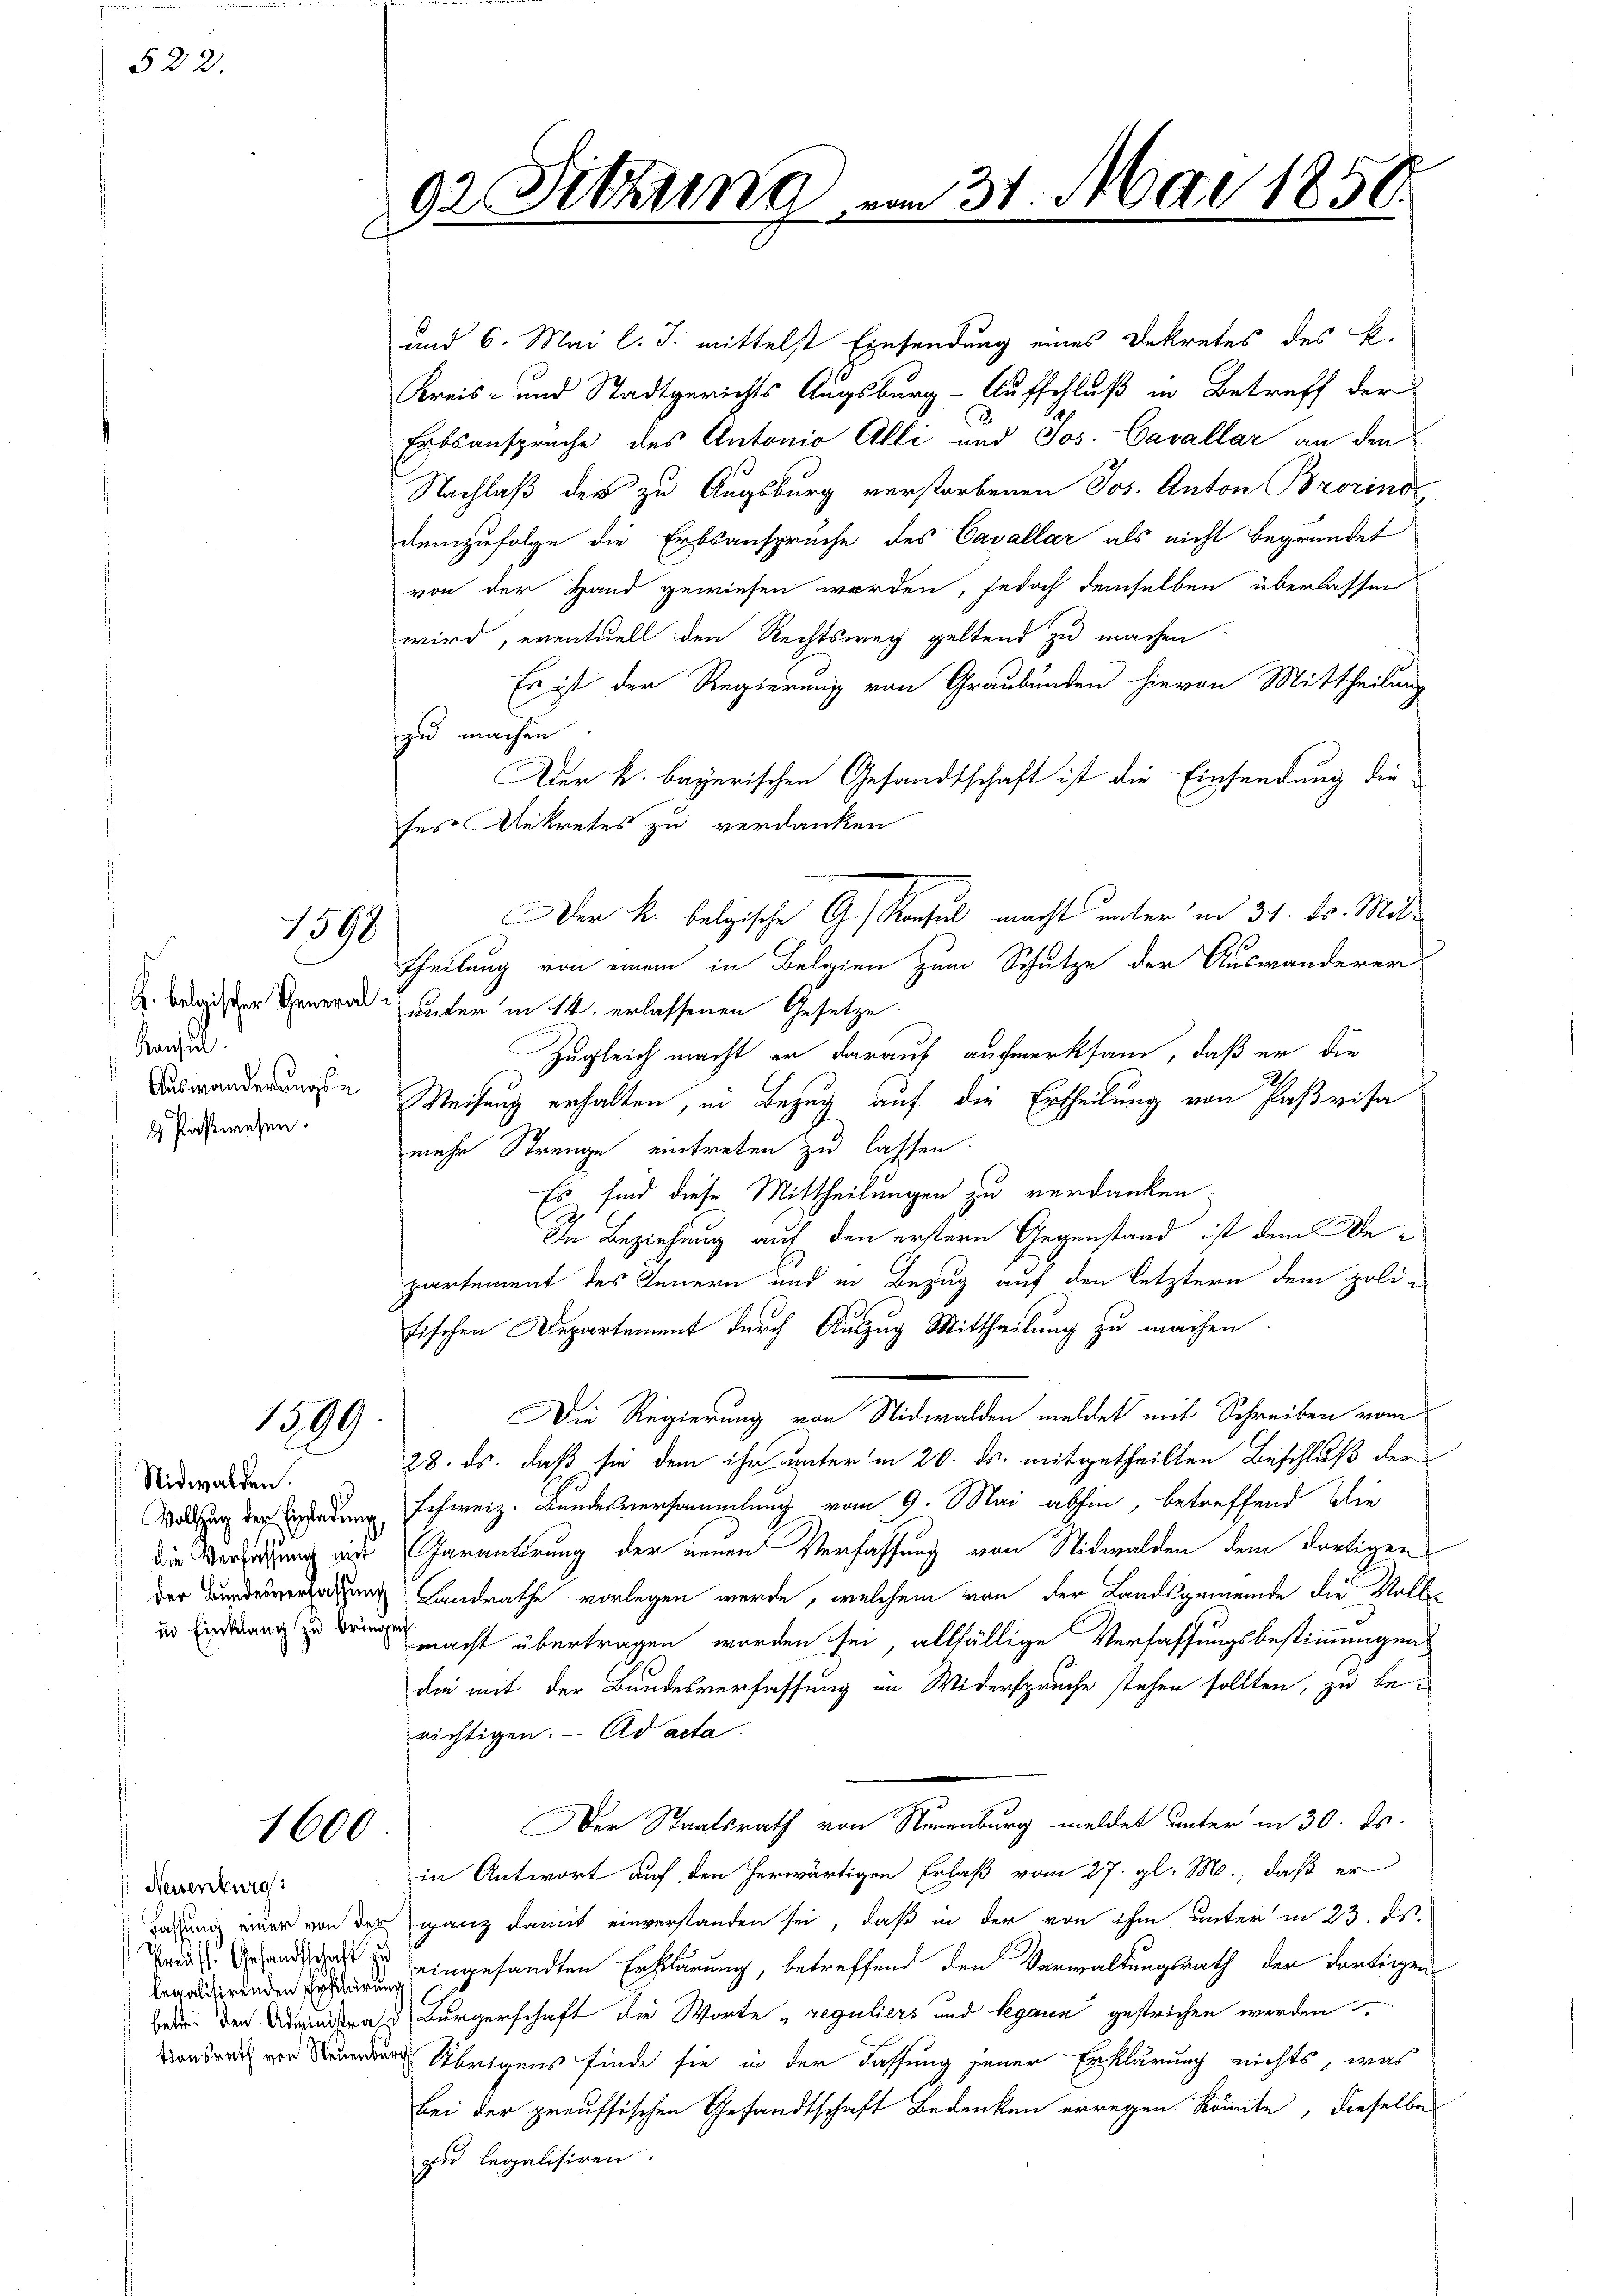
522.

1598

A. belgischer General¬
Konsil.
 Postwesen.

1399.

Nidwalden.

1600

Neuenburg:
legalitirenden Erklärung

gr Sitzung.

und 6. Mai l. J. mittelst Einsendung eines Dekretes des K.
Kreis- und Stadtgerichts Augsburg-Aufschluß in Betreff der
Erbsansprüche des Antonio Alli und Jos. Cavallar an den
Nachlaß der zu Augsburg verstorbenen Jos. Anton Brorino
demzufolge die Erbsansprüche des Cavallar als nicht begründet
von der Hand gewiesen worden, jedoch demselben überlassen
wird, eventuell den Rechtsweg geltend zu machen
Es ist der Regierung von Graubünden hievon Mittheilung
zu machen
Der k. bayerischen Gesandtschaft ist die Einsendung die
ses Ankretes zu verdanken.
theilung von einem in Belgien zum Schutze der Auswanderer
unter in 14. erlassenen Gesetze
Zugleich macht er darauf aufmerksam, daß er die
Bewanderungen Weisung erhalten, in Bezug auf die Ertheilung von Paßvisa
mehr Strenge eintreten zu lassen.
Es sind diese Mittheilungen zu verdanken
In Beziehung auf den erstern Gegenstand ist dem Departement des Innern und in Bezug auf den letztern dem polie
fischen Departement durch Auszug Mittheilung zu machen.
Die Regierung von Nidwalden meldet mit Schreiben vom
28. ds. daß sie dem ihr unter in 20. ds. mitgetheilten Beschluß der
Wolthung der Erdauung schweiz. Bundesversammlung vom 9. Mai abhin, betreffend die
Die Verziehung mit Garantirung der neuen Verfassung von Nidwalden dem dortigen
der Bundesverzeihung Landrathe vorlegen werde, welchem von der Landsgemeinde die Voll¬
u Enderung zu ein nacht übertragen worden sei, allfällige Verfassungsbestimmungen
den mit der Bundesverfassung in Widerspruche stehen sollten, zu berichtigen. - Ad acta.
Der Staatsrath von Neuenburg meldet unter in 30. ds.
in Antwort auf den herwärtigen Erlaß vom 27. gl. M., daß er
Ladung einer von der ganz damit einverstanden sei, daß in der von ihm unter in 23. Ist
Tands behandschaft zu eingesandten Erklärung, betreffend den Verwaltungsrath der Farbeigens
beden der Adminien d. Bürgerschaft die Worte „reguliers und legann gestrichen werden
nden Übrigens finde sie in der Fassung jener Erklärung nichts, was
Bei der preussischen Gesandtschaft Bedenken erwegen könnte, dieselbe
zu legalisiren.

Der k. belgische G. Konsul macht unter in 31. k. Mit¬

31. Mai 1850.